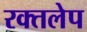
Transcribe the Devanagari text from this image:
रक्तलेप